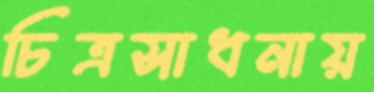
চিত্রসাধনায়